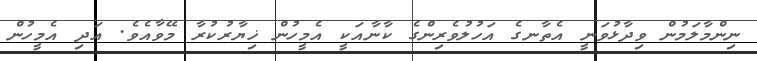
ނިންމާލަމުން ވިދާޅުވަނީ އެތާނގެ އަހުލުވެރިންގެ ކާނާއަކީ އެމީހުން ޚިޔާރުކުރާ މޭވާއެވެ. އަދި އެމީހުން